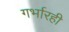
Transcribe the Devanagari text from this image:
गर्भारही